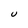
Character: U